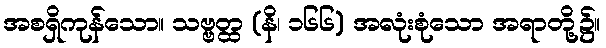
အစရှိကုန်သော။ သဗ္ဗတ္ထ (နိ၊ ၁၆၆) အလုံးစုံသော အရာတို့၌။